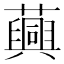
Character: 䕟